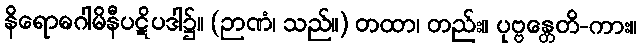
နိရောဓဂါမိနီပဋိပဒါ၌။ (ဉာဏံ၊ သည်။) တထာ၊ တည်း။ ပုဗ္ဗန္တေတိ-ကား။